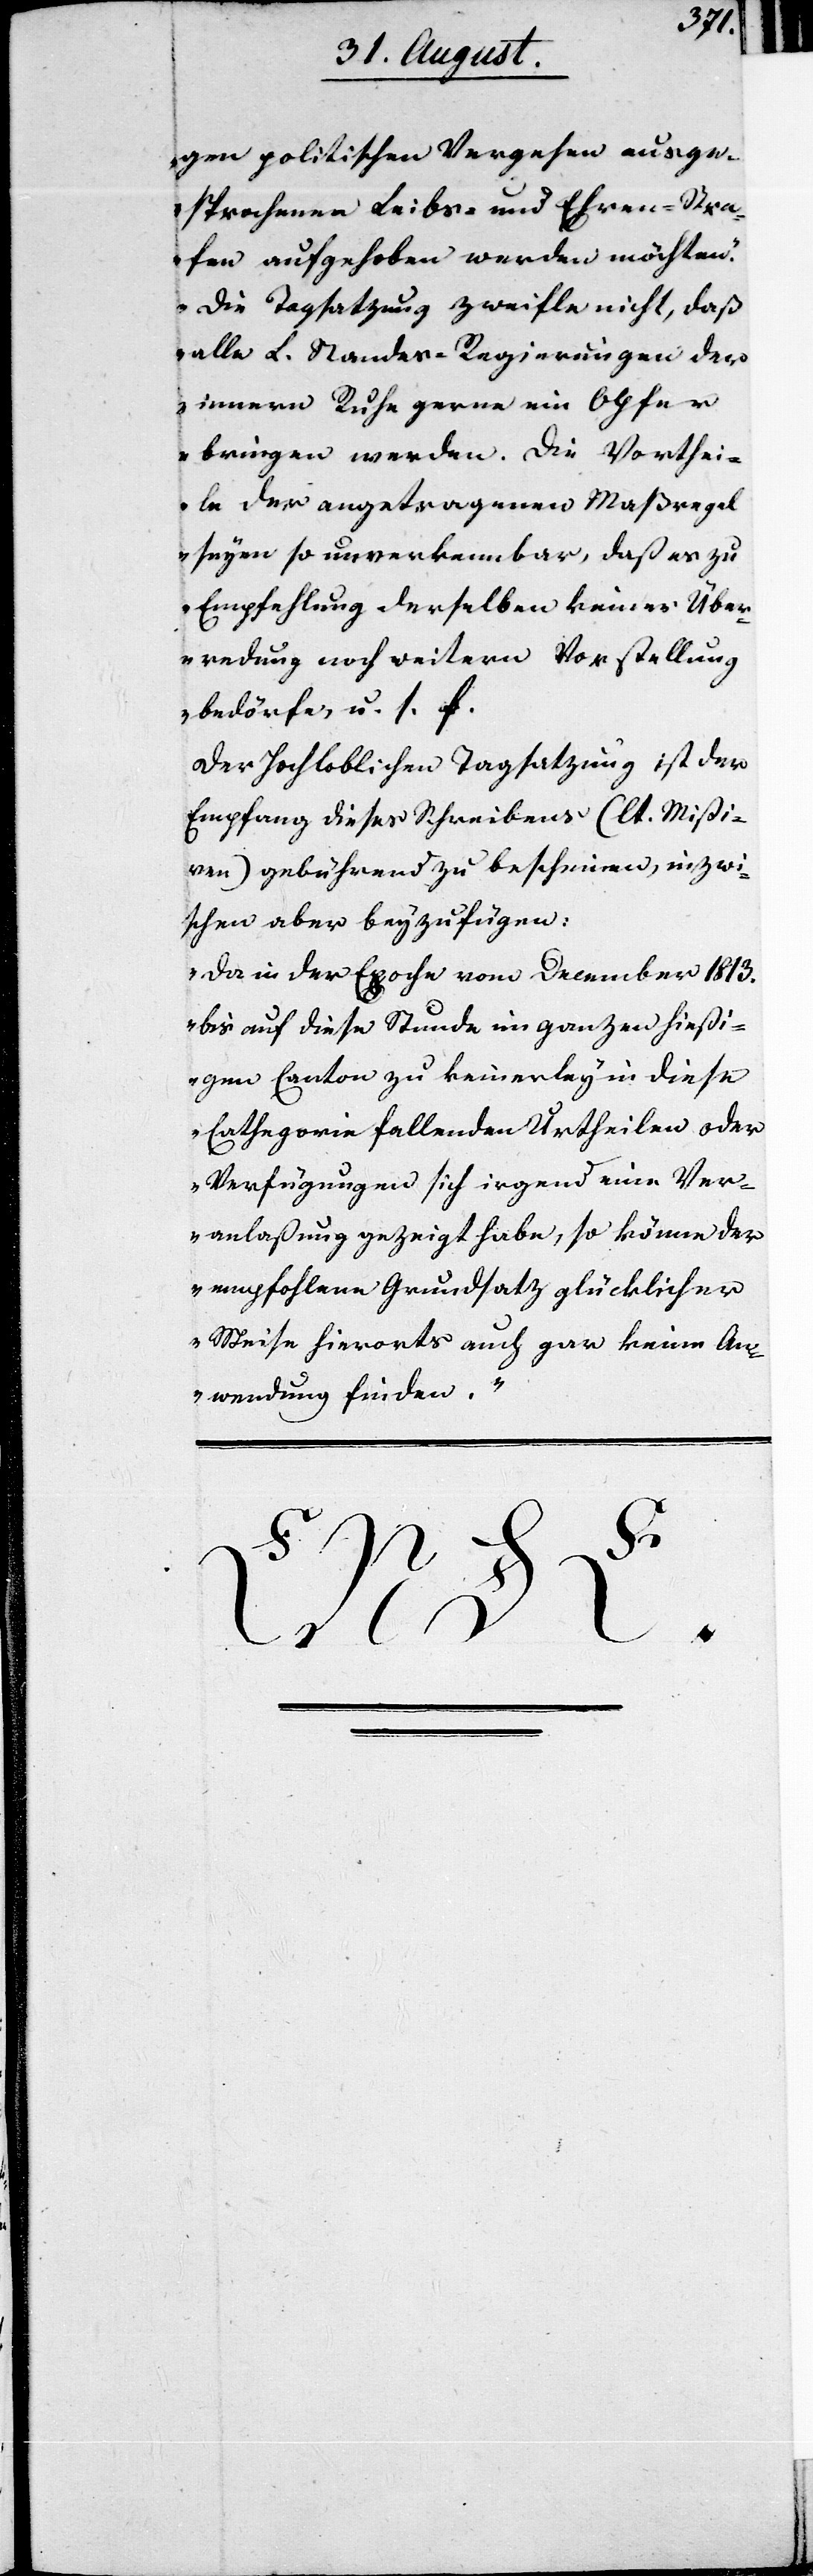
gen politischen Vergehen ausge¬
sprochenen Leibes- und Ehren-Stra¬
fen aufgehoben werden möchten.
Die Tagsatzung zweifle nicht, daß
alle L. Standes-Regierungen der
innern Ruhe gerne ein Opfer
bringen werden. Die Vorthei¬
le der angetragenen Maßregel
seyen so unverkennbar, daß es zu
Empfehlung derselben keiner Über¬
redung noch weitern Vorstellung
bedörfe, u. s. f.“
Der Hochloblichen Tagsatzung ist der
Empfang dieses Schreibens (lt. Mißi¬
ven) gebührend zu bescheinen, inzwi¬
schen aber beyzufügen:
„Da in der Epoche vom December 1813.
bis auf diese Stunde im ganzen hießi¬
gen Canton zu kleinerley in diese
Cathegorie fallenden Urtheilen oder
Verfügungen sich irgend eine Ver¬
anlaßung gezeigt habe, so könne der
empfohlene Grundsatz glücklicher¬
weise hierorts auch gar keine An¬
wendung finden.“